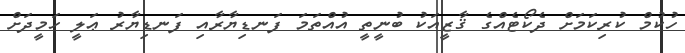
ހުކުމް ކުރިކަމަށް ދެކޯޓެއްގެ ޤާޒީއަކު ބުނީތީ އުއްތަމަ ފަނޑިޔާރާއި ފަނޑިޔާރު ޢަލީ ހަމީދަށް